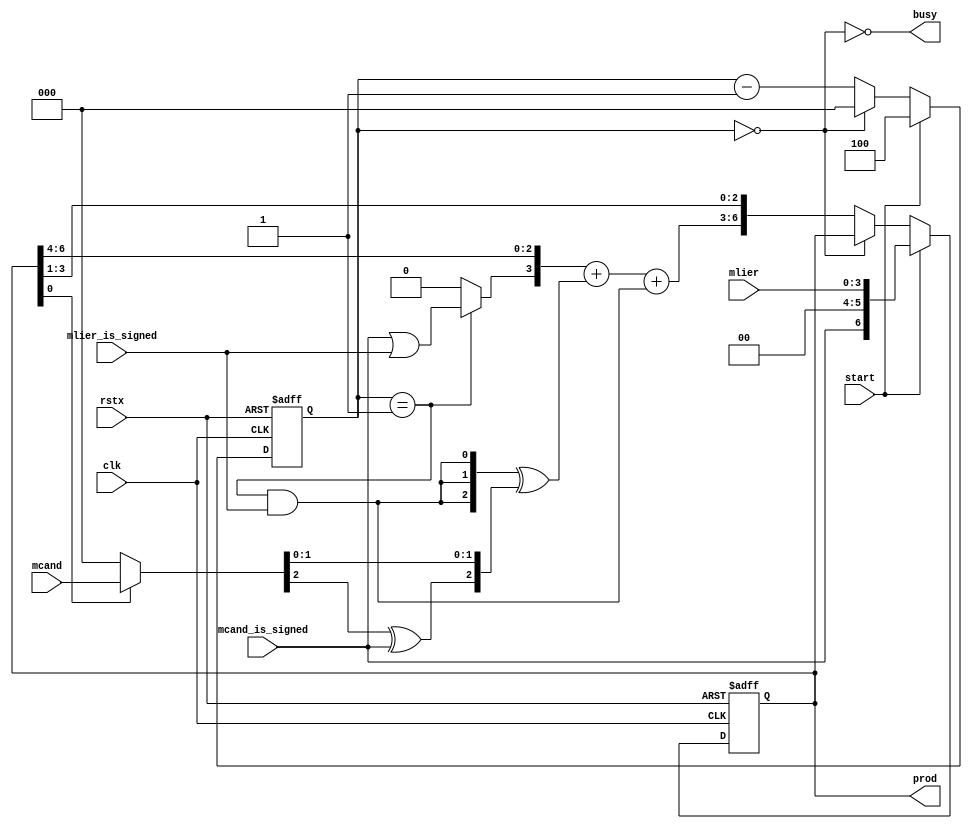
module mult(
 clk,
 rstx,
 mcand_is_signed,
 mlier_is_signed,
 start,
 mcand,
 mlier,
 prod,
 busy
);

parameter BW_CNT = 3,   // ceiling(log2(BW_MLIER));
          BW_MCAND = 3,
          BW_MLIER = 4;

input                          clk;
input                          rstx;
input                          mcand_is_signed;
input                          mlier_is_signed;
input                          start;
input           [BW_MCAND-1:0] mcand;
input           [BW_MLIER-1:0] mlier;
output [BW_MCAND+BW_MLIER-1:0] prod;
output                         busy;

reg [BW_CNT-1:0] cnt;
wire cnt_eq_0 = (cnt == {BW_CNT{1'b0}});
always @(posedge clk or negedge rstx)
  if (~rstx)         cnt <= {BW_CNT{1'b0}};
  else if (start)    cnt <= BW_MLIER;
  else if (cnt_eq_0) cnt <= {BW_CNT{1'b0}};
  else               cnt <= cnt - {{(BW_CNT-1){1'b0}}, 1'd1};

wire cnt_eq_1 = (cnt == {{(BW_CNT-1){1'b0}}, 1'd1});
assign busy = ~cnt_eq_0;

wire last_stage_1 = cnt_eq_1 & mlier_is_signed;

reg [BW_MCAND+BW_MLIER-1:0] prod;

wire [BW_MCAND-1:0] prod1 = (prod[0] ? mcand : {BW_MCAND{1'b0}});

wire [BW_MCAND:0] sum = {   cnt_eq_1
                          ? mcand_is_signed | mlier_is_signed
                          : 1'b0
                        , prod[BW_MCAND+BW_MLIER-1:BW_MLIER] }
                      + { 1'b0
                        ,   {BW_MCAND{last_stage_1}}
                          ^ { prod1[BW_MCAND-1] ^ mcand_is_signed
                            , prod1[BW_MCAND-2:0] } }
                      + {{BW_MCAND{1'b0}}, last_stage_1};

always @(posedge clk or negedge rstx)
  if (~rstx)          prod <= {(BW_MCAND+BW_MLIER){1'b0}};
  else if (start)     prod <= {mcand_is_signed, {(BW_MCAND-1){1'b0}}, mlier};
  else if (~cnt_eq_0) prod <= {sum, prod[BW_MLIER-1:1]};

endmodule